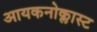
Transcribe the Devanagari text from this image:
आयकनोक्लास्ट